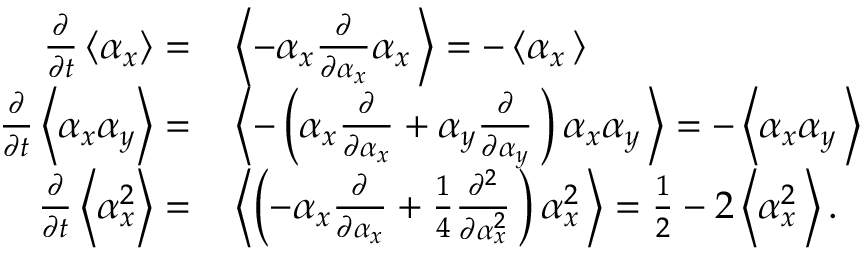
\begin{array} { r l } { \frac { \partial } { \partial t } \left\langle \alpha _ { x } \right\rangle = } & { { } \left\langle - \alpha _ { x } \frac { \partial } { \partial \alpha _ { x } } \alpha _ { x } \, \right\rangle = - \left\langle \alpha _ { x } \, \right\rangle } \\ { \frac { \partial } { \partial t } \left\langle \alpha _ { x } \alpha _ { y } \right\rangle = } & { { } \left\langle - \left( \alpha _ { x } \frac { \partial } { \partial \alpha _ { x } } + \alpha _ { y } \frac { \partial } { \partial \alpha _ { y } } \, \right) \alpha _ { x } \alpha _ { y } \, \right\rangle = - \left\langle \alpha _ { x } \alpha _ { y } \, \right\rangle } \\ { \frac { \partial } { \partial t } \left\langle \alpha _ { x } ^ { 2 } \right\rangle = } & { { } \left\langle \left( - \alpha _ { x } \frac { \partial } { \partial \alpha _ { x } } + \frac { 1 } { 4 } \frac { \partial ^ { 2 } } { \partial \alpha _ { x } ^ { 2 } } \, \right) \alpha _ { x } ^ { 2 } \, \right\rangle = \frac { 1 } { 2 } - 2 \left\langle \alpha _ { x } ^ { 2 } \, \right\rangle . } \end{array}